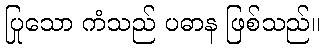
ပြုသော ကံသည် ပဓာန ဖြစ်သည်။